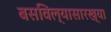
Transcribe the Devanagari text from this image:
बसविल्यासारख्या